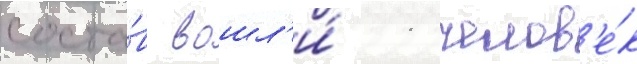
соста́в вошл'и́ 11 челов'е́к